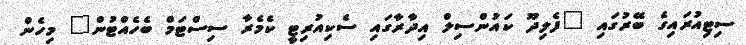
ސިޓިއުރައިގެ ބޭރުގައި "ފެލިދޫ ކައުންސިލް އިދާރާގައި ސެކިއުރިޓީ ކެމެރާ ސިސްޓަމް ބެހެއްޓުން" މިހެން